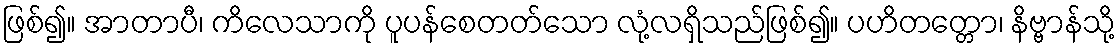
ဖြစ်၍။ အာတာပီ၊ ကိလေသာကို ပူပန်စေတတ်သော လုံ့လရှိသည်ဖြစ်၍။ ပဟိတတ္တော၊ နိဗ္ဗာန်သို့